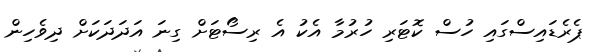
ޕެރެޑައިސްގައި ހުސް ކޮޓަރި ހުރުމާ އެކު އެ ރިސޯޓަށް ގިނަ އަދަދަަކަށް ދިވެހިން